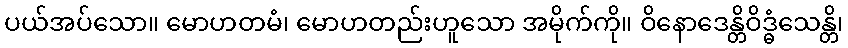
ပယ်အပ်သော။ မောဟတမံ၊ မောဟတည်းဟူသော အမိုက်ကို။ ဝိနောဒေန္တိဝိဒ္ဓံသေန္တိ၊